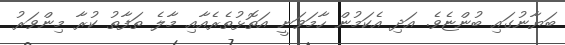
ބަޔާނުގައި ބުންޏެވެ. އަދި އެކަމުން ހާމަވަނީ އަތޮޅުތެރެއާއި މާލެ ތަފާތު ކުރާ މިންވަރު